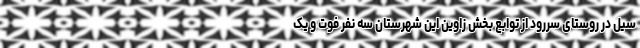
سیل در روستای سررود از توابع بخش زاوین این شهرستان سه نفر فوت و یک